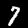
Label: 7